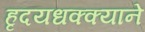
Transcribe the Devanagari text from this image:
हृदयधक्क्याने